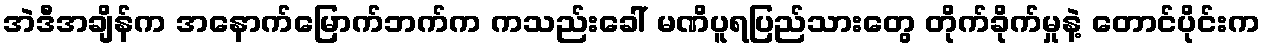
အဲဒီအချိန်က အနောက်မြောက်ဘက်က ကသည်းခေါ် မဏိပူရပြည်သားတွေ တိုက်ခိုက်မှုနဲ့ တောင်ပိုင်းက